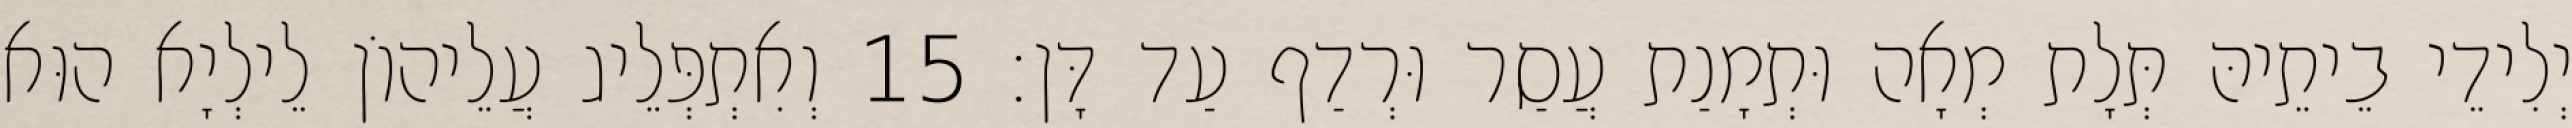
יְלִידֵי בֵיתֵיהּ תְּלָת מְאָה וּתְמָנַת עֲסַר וּרְדַף עַד דָּן׃ 15 וְאִתְפְּלֵיג עֲלֵיהוֹן לֵילְיָא הוּא